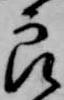
良